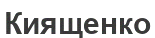
Киященко